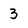
Character: 3